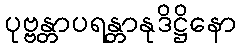
ပုဗ္ဗန္တာပရန္တာနုဒိဋ္ဌိနော